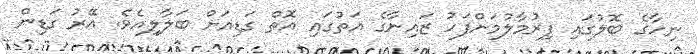
ނިހާގެ ބޮލުގައި ފިރުމާލުމަށްފަހު ޒައިނާގެ އަތުގައި އޮތް ގަޑިއަށް ބަލާލިއެވެ. އޭރު ގަޑިން